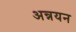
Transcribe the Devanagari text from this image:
अन्नयन